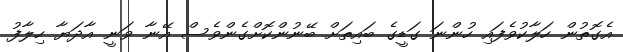
އެގޮތުން ހަލާކުވެފައި ހުންނަ ގަޑީގެ ބައިތަށް ބޭނުންކޮށްގެންވެސް އޭނާ ވަނީ އާދަޔާ ހިލާފު